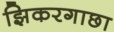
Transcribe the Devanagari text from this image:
झिकरगाछा